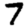
Digit: 7